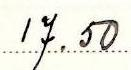
17.50